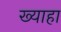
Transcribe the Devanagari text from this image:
ख्याहा